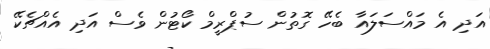
އަދި އެ މައްސަލައާ ބެހޭ ގޮތުން ސުޕްރީމް ކޯޓުން ވެސް އަދި އެއްޗެކޭ